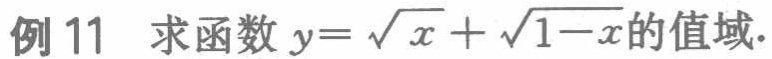
例 11 求函数 \(y = \sqrt{x}+\sqrt{1 - x}\) 的值域.